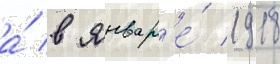
а́ в январ'е́ 1918